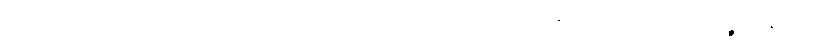
ဤသည်ကား။ အတ္ထော၊ တည်း။ သော၊ ထိုအဝိတက္က အဝိစာရ သမာဓိသည်။ ပဉ္စကနယေ၊